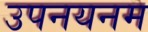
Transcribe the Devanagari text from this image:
उपनयनम